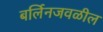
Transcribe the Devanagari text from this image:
बर्लिनजवळील